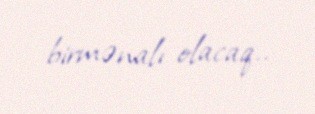
birmənalı olacaq..